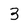
Character: 3